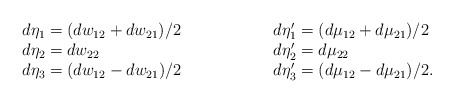
\begin{align*}\begin{tabular}{ll} $d \eta_1 = (dw_{12} + dw_{21}) /2~~~~~~~~~~~~~~$ & $d \eta '_1 = (d \mu_{12} + d \mu_{21}) /2$ \\ $d \eta_2 = dw_{22}$ & $ d \eta ' _2 = d \mu _{22}$ \\ $d \eta_3 = (dw_{12} - dw_{21}) /2$ & $ d \eta ' _3 = (d \mu_{12} - d \mu_{21}) /2 $.\end{tabular}\end{align*}